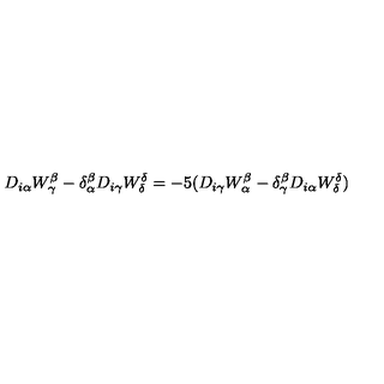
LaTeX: D _ { i \alpha } W _ { \gamma } ^ { \beta } - \delta _ { \alpha } ^ { \beta } D _ { i \gamma } W _ { \delta } ^ { \delta } = - 5 ( D _ { i \gamma } W _ { \alpha } ^ { \beta } - \delta _ { \gamma } ^ { \beta } D _ { i \alpha } W _ { \delta } ^ { \delta } )